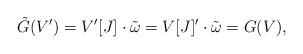
LaTeX: \begin{align*} \tilde{G}(V')=V'[J] \cdot \tilde{\omega} = V[J]' \cdot \tilde{\omega} = G(V),\end{align*}